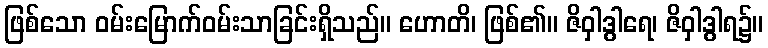
ဖြစ်သော ဝမ်းမြောက်ဝမ်းသာခြင်းရှိသည်။ ဟောတိ၊ ဖြစ်၏။ ဇိဝှါဒွါရေ၊ ဇိဝှါဒွါရ၌။